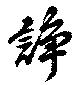
諍